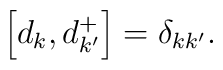
\left[ d_{k},d_{k^{\prime }}^{+}\right] =\delta _{kk^{\prime }}.